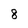
Character: 8